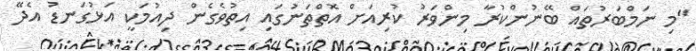
"މި ނަމްބަރުތައް ބޭނުންކުރާ މިންވަރު ކުރިއަށް އޮތްތަނުގައި އިތުވެގެން ދިއުމަކީ އަޅުގަނޑު އެދޭ